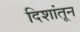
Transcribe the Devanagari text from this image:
दिशांतून